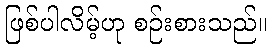
ဖြစ်ပါလိမ့်ဟု စဉ်းစားသည်။